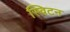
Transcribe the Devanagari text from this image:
स्विटन